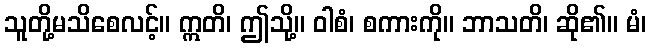
သူတို့မသိစေလင့်။ ဣတိ၊ ဤသို့။ ဝါစံ၊ စကားကို။ ဘာသတိ၊ ဆို၏။ မံ၊